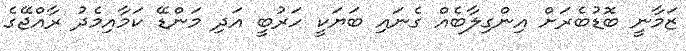
ޒަމާނީ ބޮޑުބެރަށް އިންގިލާބެއް ގެނައި ބަޔަކީ ހަރުބީ އަދި މަންޑޭ ކަމާއިމެދު ރާއްޖޭގެ